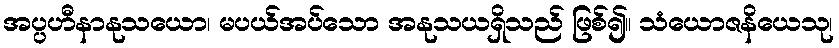
အပ္ပဟီနာနုသယော၊ မပယ်အပ်သော အနုသယရှိသည် ဖြစ်၍။ သံယောဇနိယေသု၊